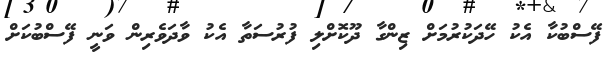
ފޭސްބުކާ އެކު ހޭދަކުރުމަށް ޒިންގާ ދޫކޮށްލި ފުރުސަތާ އެކު ވާދަވެރިން ވަނީ ފޭސްބުކަށް